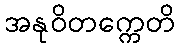
အနုဝိတက္ကေတိ